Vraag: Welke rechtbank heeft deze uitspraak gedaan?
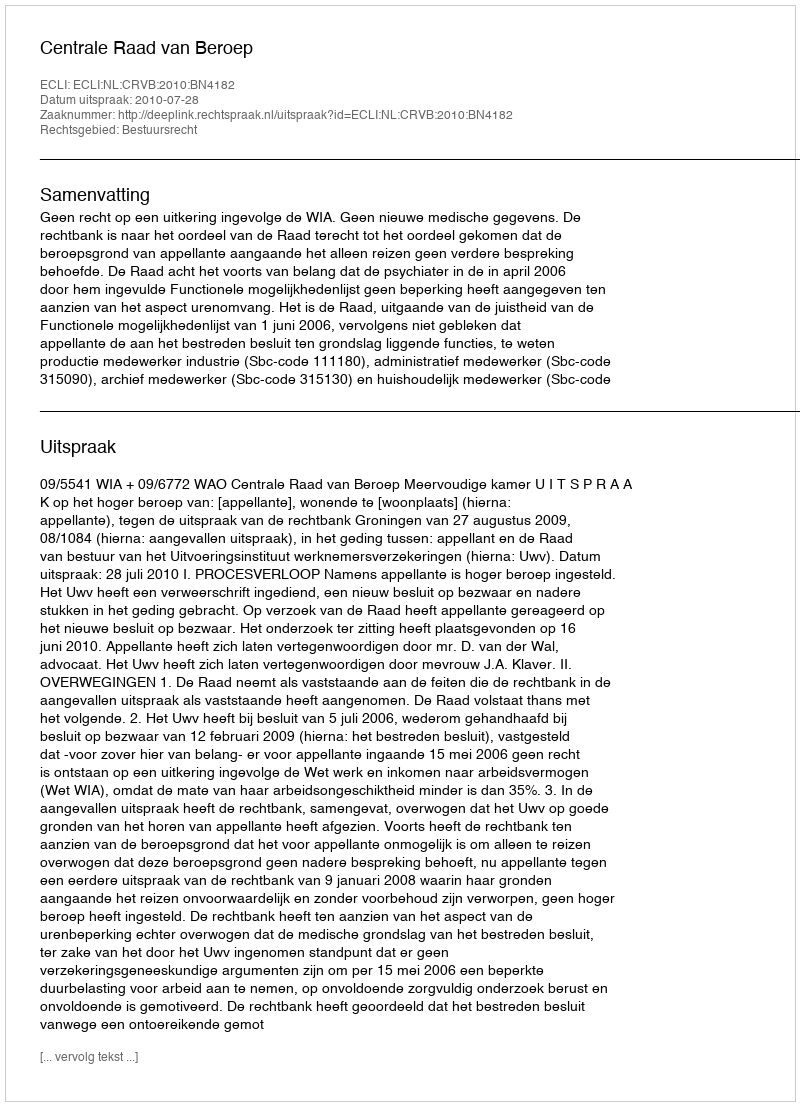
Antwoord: Centrale Raad van Beroep